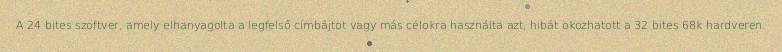
A 24 bites szoftver, amely elhanyagolta a legfelső címbájtot vagy más célokra használta azt, hibát okozhatott a 32 bites 68k hardveren.